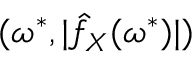
( \omega ^ { \ast } , | \hat { f } _ { X } ( \omega ^ { \ast } ) | )